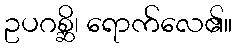
ဥပဂစ္ဆိ၊ ရောက်လေ၏။